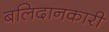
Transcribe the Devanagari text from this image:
बलिदानकारी